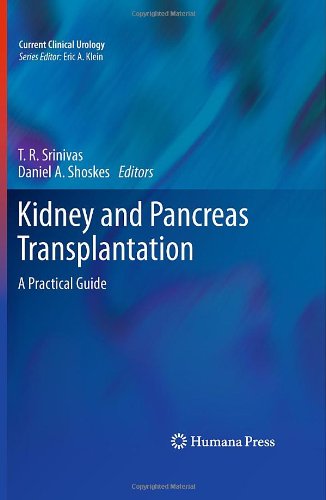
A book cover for Kidney and Pancreas Transplantation: A Practical Guide (Current Clinical Urology); Health, Fitness & Dieting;